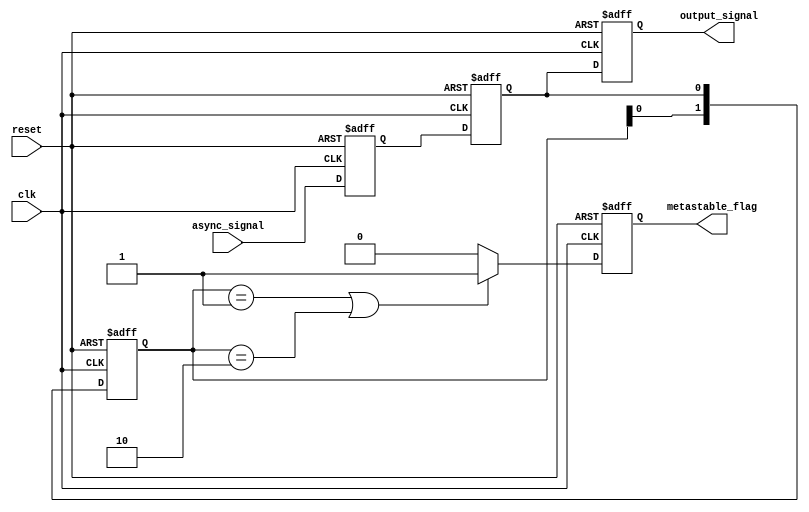
module metastability_detector (
    input wire clk,                // Clock input
    input wire async_signal,       // Asynchronous input signal
    input wire reset,              // Reset signal
    output reg metastable_flag,    // Metastability indicator
    output reg output_signal        // Synchronized output signal
);

    // Internal signals for synchronization
    reg sync_ff1;                  // First flip-flop output
    reg sync_ff2;                  // Second flip-flop output
    reg [1:0] state_change;        // State change detection

    // Synchronization process
    always @(posedge clk or posedge reset) begin
        if (reset) begin
            sync_ff1 <= 1'b0;
            sync_ff2 <= 1'b0;
            output_signal <= 1'b0;
            metastable_flag <= 1'b0;
            state_change <= 2'b00;
        end else begin
            sync_ff1 <= async_signal;  // Sample async_signal
            sync_ff2 <= sync_ff1;      // Double synchronization
            output_signal <= sync_ff2;  // Final output signal

            // Detect state changes
            state_change <= {state_change[0], sync_ff2};
            if (state_change == 2'b01 || state_change == 2'b10) begin
                metastable_flag <= 1'b1; // Metastability detected
            end else begin
                metastable_flag <= 1'b0; // No metastability
            end
        end
    end

endmodule